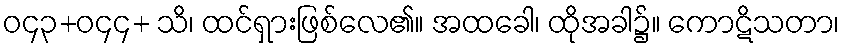
ဝ၄၃+ဝ၄၄+ သိ၊ ထင်ရှားဖြစ်လေ၏။ အထခေါ၊ ထိုအခါ၌။ ကောဋိသတာ၊